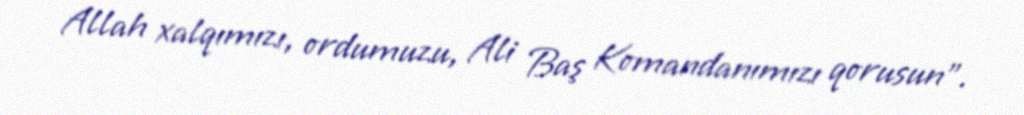
Allah xalqımızı, ordumuzu, Ali Baş Komandanımızı qorusun”.